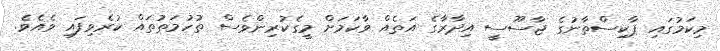
މިކަމުގައި ޕާކިސްތާނުގެ ޖާސޫސީ އިދާރާގެ އަތެއް ވާކަމަށް މީގެކުރިންވެސް ތުހުމަތުތައް ކުރެވިފައި ވެއެވެ.